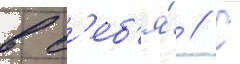
в с'еб'я́ // С